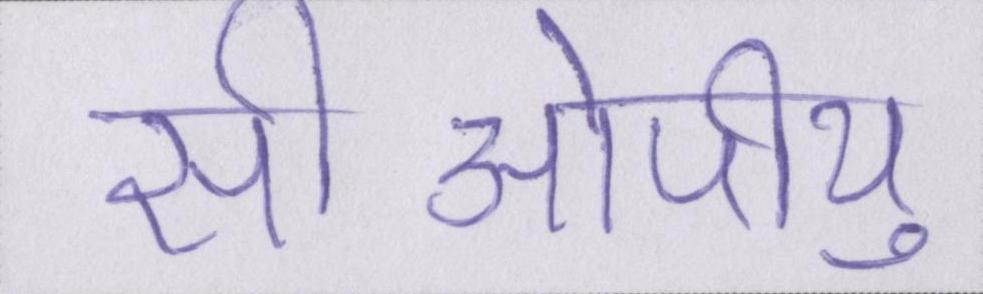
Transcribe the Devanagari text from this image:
सीओपीयू